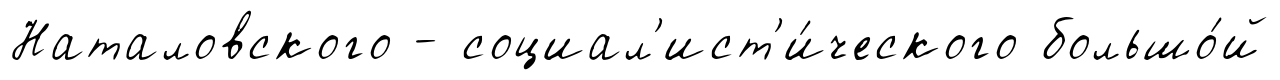
Наталовского - социал'ист'и́ческого большо́й